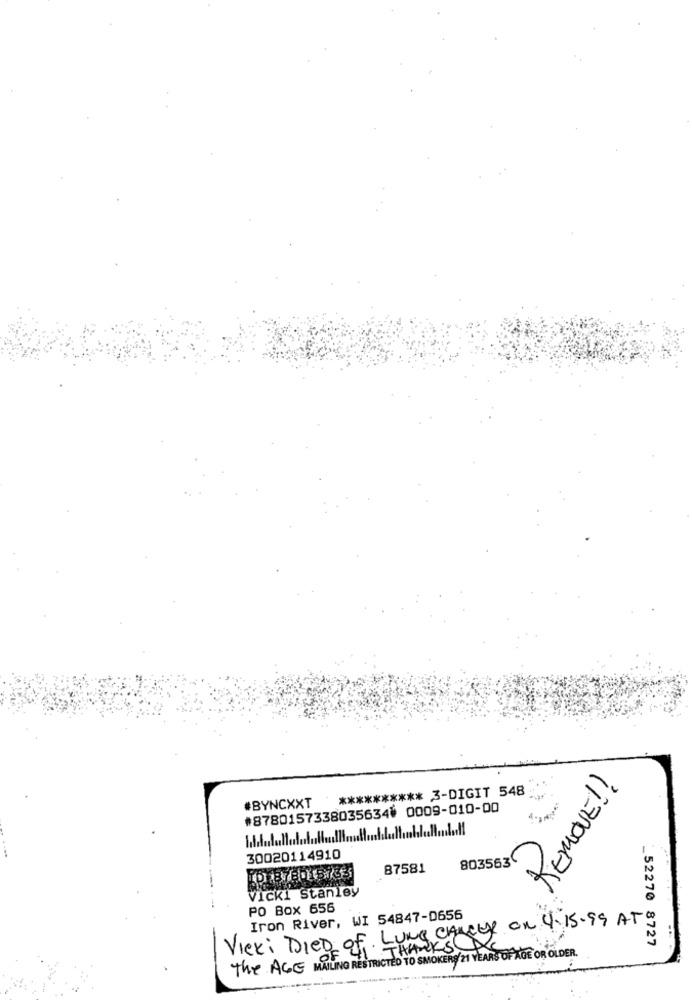
REMOVE!
********** 3-DIGIT 548
#87801573380356344 0009-010-00
#BYNCXXT
30020114910
803563
87581
Vicki Stanley
PO Box 656
Vicki DIED of LUNG CANCER on 4. 15. 99 AT
Iron River, WI 54847-0656
_52270 8727
The AGE MAILING RESTRICTED TO SMOKERS/21 YEARS OF AGE OR OLDER.